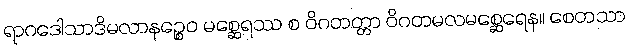
ရာဂဒေါသာဒိမလာနဉ္စေဝ မစ္ဆေရဿ စ ဝိဂတတ္တာ ဝိဂတမလမစ္ဆေရေန။ စေတသာ